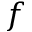
f